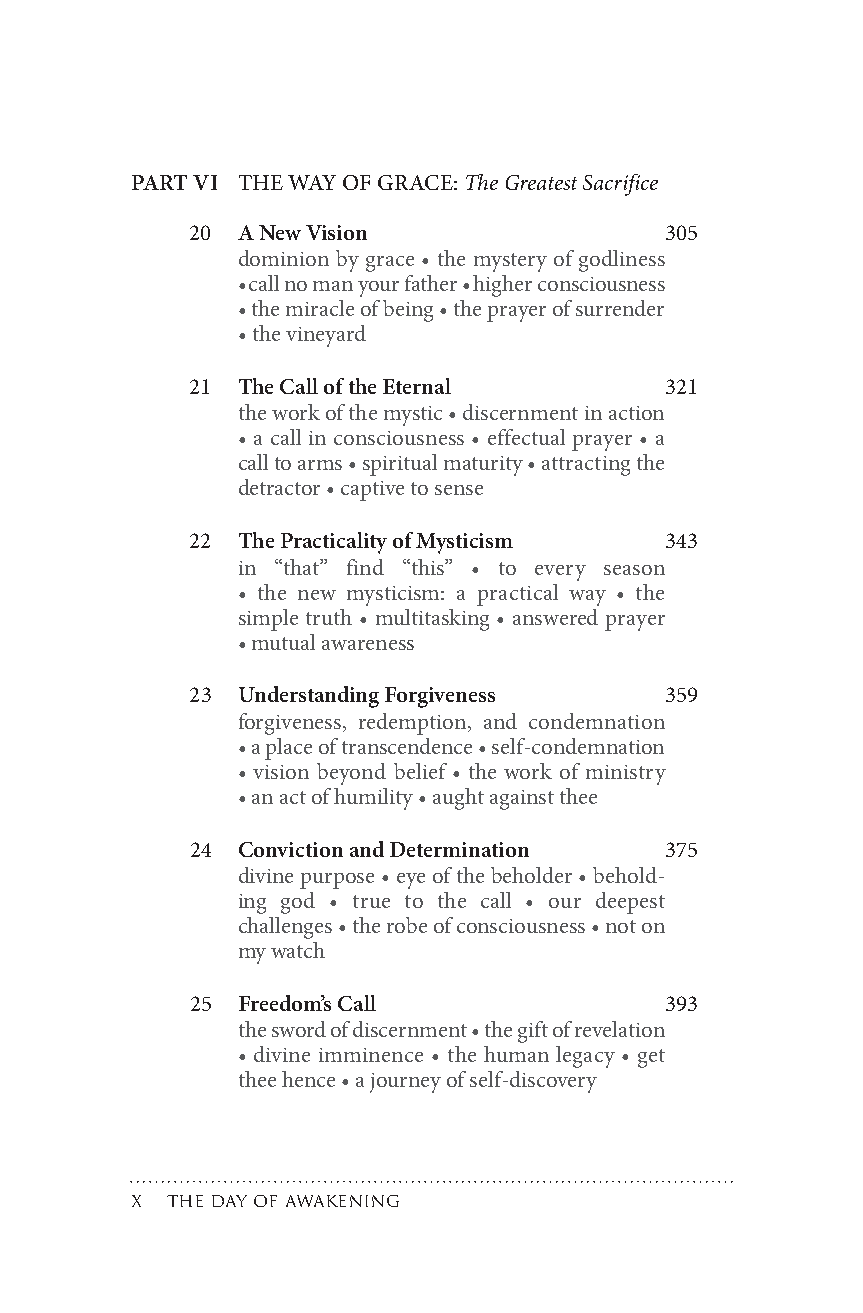
PARTVI THEWAYOFGRACE:TheGreatestSacrifice
 20 ANewVision                  305
 dominion by grace • the mystery of godliness
 •callnomanyourfather•higherconsciousness
 •themiracleofbeing•theprayerofsurrender
 •thevineyard
 21 TheCalloftheEternal         321
 theworkofthemystic•discernmentinaction
 • a call in consciousness • effectual prayer • a
 calltoarms•spiritualmaturity•attractingthe
 detractor•captivetosense
 22 ThePracticalityofMysticism  343
 in “that” find “this” • to every season
 • the new mysticism: a practical way • the
 simple truth • multitasking • answered prayer
 •mutualawareness
 23 UnderstandingForgiveness    359
 forgiveness, redemption, and condemnation
 •aplaceoftranscendence•self-condemnation
 • vision beyond belief • the work of ministry
 •anactofhumility•aughtagainstthee
 24 ConvictionandDetermination  375
 divinepurpose•eyeofthebeholder•behold-
 ing god • true to the call • our deepest
 challenges•therobeofconsciousness•noton
 mywatch
 25 Freedom’sCall               393
 theswordofdiscernment•thegiftofrevelation
 • divine imminence • the human legacy • get
 theehence•ajourneyofself-discovery
 x thedayofawakening